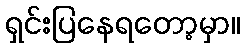
ရှင်းပြနေရတော့မှာ။